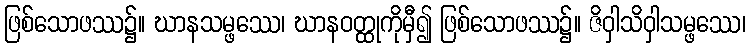
ဖြစ်သောဖဿ၌။ ဃာနသမ္ဖဿေ၊ ဃာနဝတ္ထုကိုမှီ၍ ဖြစ်သောဖဿ၌။ ဇိဝှါသိဝှါသမ္ဖဿေ၊